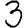
Digit: 3